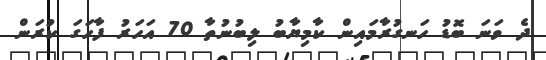
ދެ ވަނަ ބޮޑު ހަނގުރާމައިން ކާމިޔާބު ލިބުނުތާ 70 އަހަރު ފާހަގަ ކުރަން